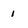
Character: 1